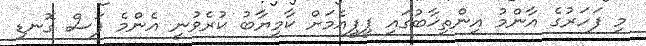
މި ފަހަރުގެ އާންމު އިންތިޚާބުގައި ޕީޕީއެމަށް ކާމިޔާބު ކުރެވުނީ އެންމެ ފަސް ގޮނޑި